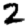
Digit: 2